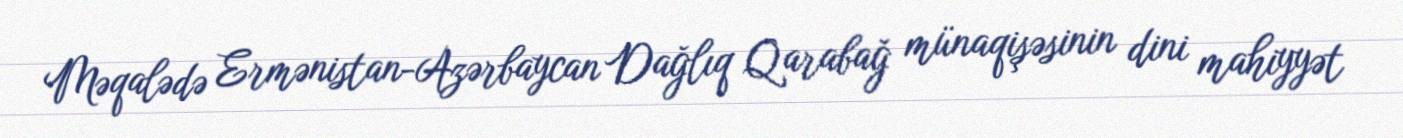
Məqalədə Ermənistan-Azərbaycan Dağlıq Qarabağ münaqişəsinin dini mahiyyət